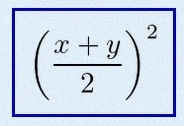
\left(\frac{x+y}{2}\right)^2